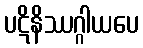
ပဋိနိဿဂ္ဂါယပေ